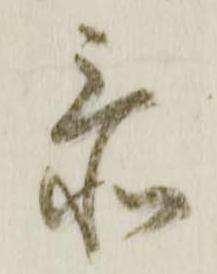
忝